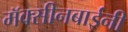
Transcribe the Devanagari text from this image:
मॅक्सीनबाईंनी